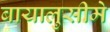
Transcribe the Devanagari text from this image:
बायालुसीमे